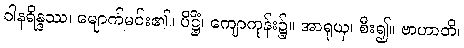
ဝါနရိန္ဒဿ၊ မျောက်မင်း၏။ ပိဋ္ဌိံ၊ ကျောကုန်း၌။ အာရုယှ၊ စီး၍။ ဗာဟာတိ၊